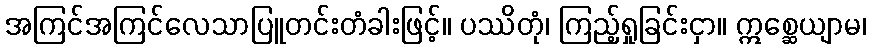
အကြင်အကြင်လေသာပြူတင်းတံခါးဖြင့်။ ပဿိတုံ၊ ကြည့်ရှုခြင်းငှာ။ ဣစ္ဆေယျာမ၊